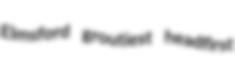
Elmsford groutiest headfirst